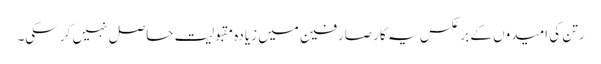
رتن کی امیدوں کے برعکس یہ کار صارفین میں زیادہ مقبولیت حاصل نہیں کر سکی۔